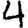
Digit: 4